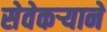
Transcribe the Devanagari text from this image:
सेवेकऱ्याने